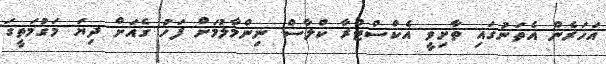
އަހަރެން އެތަނުގައި ތާށިވީ އެކްސްޓްރާ ކްލާސް ނިންމާލުމަށް ފަހު ގެއަށް ދިޔަ މަގުމަތީގަ